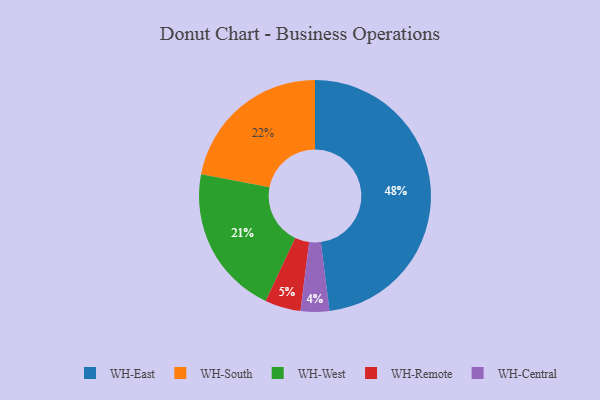
{"axis": {"x": "Category", "y": "Percentage"}, "legend": ["WH-Central", "WH-East", "WH-Remote", "WH-South", "WH-West"], "data": [{"x": "WH-Central", "y": 4, "type": "WH-Central"}, {"x": "WH-Remote", "y": 5, "type": "WH-Remote"}, {"x": "WH-East", "y": 48, "type": "WH-East"}, {"x": "WH-South", "y": 22, "type": "WH-South"}, {"x": "WH-West", "y": 21, "type": "WH-West"}]}